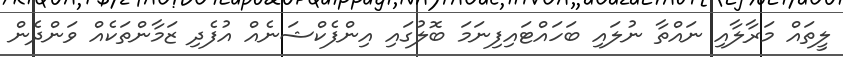
ލީތައް މަރާލާއި ނައްތާ ނުލައި ބަހައްޓައިފިނަމަ ބޮލުގައި އިންފެކްޝަނެއް އުފެދި ޒަމާންތަކެއް ވަންދެން